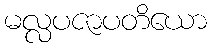
မလ္လပဇာပတိယော